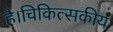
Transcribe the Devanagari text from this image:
है।चिकित्सकीय